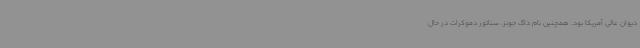
دیوان عالی آمریکا بود. همچنین نام داگ جونز، سناتور دموکرات در حال